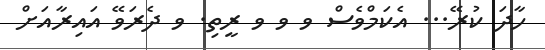
ހާދަ ކުރޭ... އެކަމްވެސް ވ ވ ވ ރީތި. ވ ދެރަވޭ އައިރާއަށް